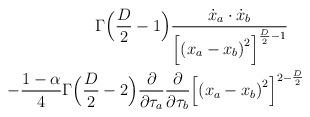
LaTeX: \begin{align*}\Gamma\Bigl({D\over 2}-1\Bigr){{\dot x_a\cdot\dot x_b\over{\Bigl[{(x_a - x_b)}^2\Bigr]}^{{D\over 2}-1}}\quad}\\-{1-\alpha\over 4}\Gamma\Bigl({{D\over 2}-2}\Bigr){\partial\over\partial\tau_a}{\partial\over\partial\tau_b}{\Bigl[{(x_a-x_b)}^2\Bigr]}^{2-{D\over2}}\end{align*}